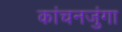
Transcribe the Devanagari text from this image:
कांचनजुंगा